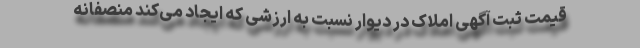
قیمت ثبت آگهی املاک در دیوار نسبت به ارزشی که ایجاد می‌کند منصفانه